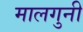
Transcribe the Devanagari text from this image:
मालगुनी